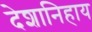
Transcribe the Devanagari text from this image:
देशानिहाय